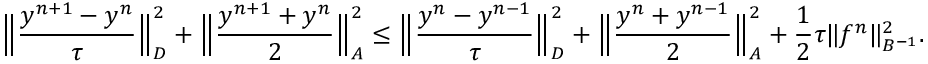
\Big \| \frac { y ^ { n + 1 } - y ^ { n } } { \tau } \Big \| _ { D } ^ { 2 } + \Big \| \frac { y ^ { n + 1 } + y ^ { n } } { 2 } \Big \| _ { A } ^ { 2 } \leq \Big \| \frac { y ^ { n } - y ^ { n - 1 } } { \tau } \Big \| _ { D } ^ { 2 } + \Big \| \frac { y ^ { n } + y ^ { n - 1 } } { 2 } \Big \| _ { A } ^ { 2 } + \frac { 1 } { 2 } \tau \| f ^ { n } \| _ { B ^ { - 1 } } ^ { 2 } .